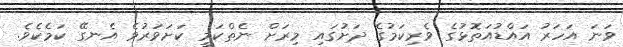
ވަނަ އަހަރު އައްޑުއަތޮޅުގެ ވެރިކަމުގެ ދަށުގައި މިރަށް ނެތްކަމީ ކަށަވަރުވެ އެނގޭ ކަމެކެވެ.